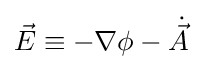
{\vec {E}}\equiv -\nabla \phi -{\dot {\vec {A}}}